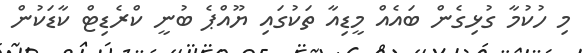
މި ހުކުމާ ގުޅިގެން ބައެއް މީޑިއާ ތަކުގައި ޔޫއްޕެ ބުނީ ކްރެޑިޓް ކާޑަކުން